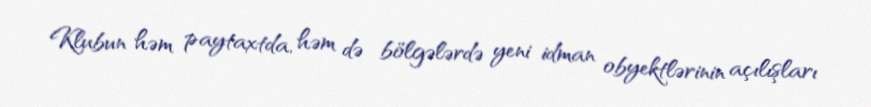
Klubun həm paytaxtda, həm də bölgələrdə yeni idman obyektlərinin açılışları